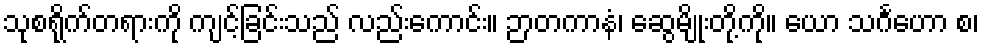
သုစရိုက်တရားကို ကျင့်ခြင်းသည် လည်းကောင်း။ ဉာတကာနံ၊ ဆွေမျိုးတို့ကို။ ယော သင်္ဂဟော စ၊